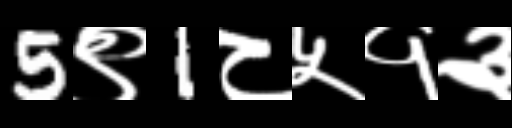
Text: 5९1८५१३